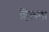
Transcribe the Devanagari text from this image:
हिलवा